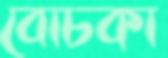
বোচকা